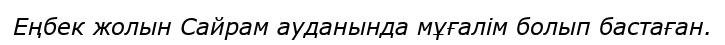
Еңбек жолын Сайрам ауданында мұғалім болып бастаған.